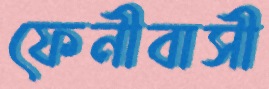
ফেনীবাসী